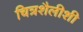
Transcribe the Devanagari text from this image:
चित्रशैलीशी